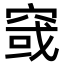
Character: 窢